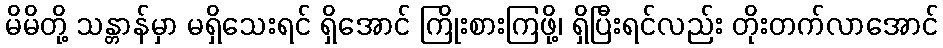
မိမိတို့ သန္တာန်မှာ မရှိသေးရင် ရှိအောင် ကြိုးစားကြဖို့၊ ရှိပြီးရင်လည်း တိုးတက်လာအောင်